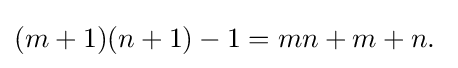
(m+1)(n+1)-1=mn+m+n.\